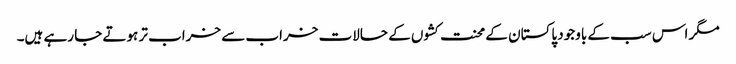
مگر اس سب کے باوجود پاکستان کے محنت کشوں کے حالات خراب سے خراب تر ہوتے جا رہے ہیں۔